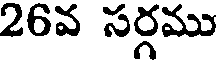
26వ సర్గము